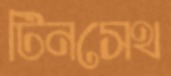
টিনসেথ